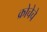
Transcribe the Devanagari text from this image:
क्रोचेचे